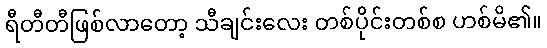
ရီတီတီဖြစ်လာတော့ သီချင်းလေး တစ်ပိုင်းတစ်စ ဟစ်မိ၏။